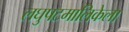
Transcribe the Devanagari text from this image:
लघुपटमालिकेला